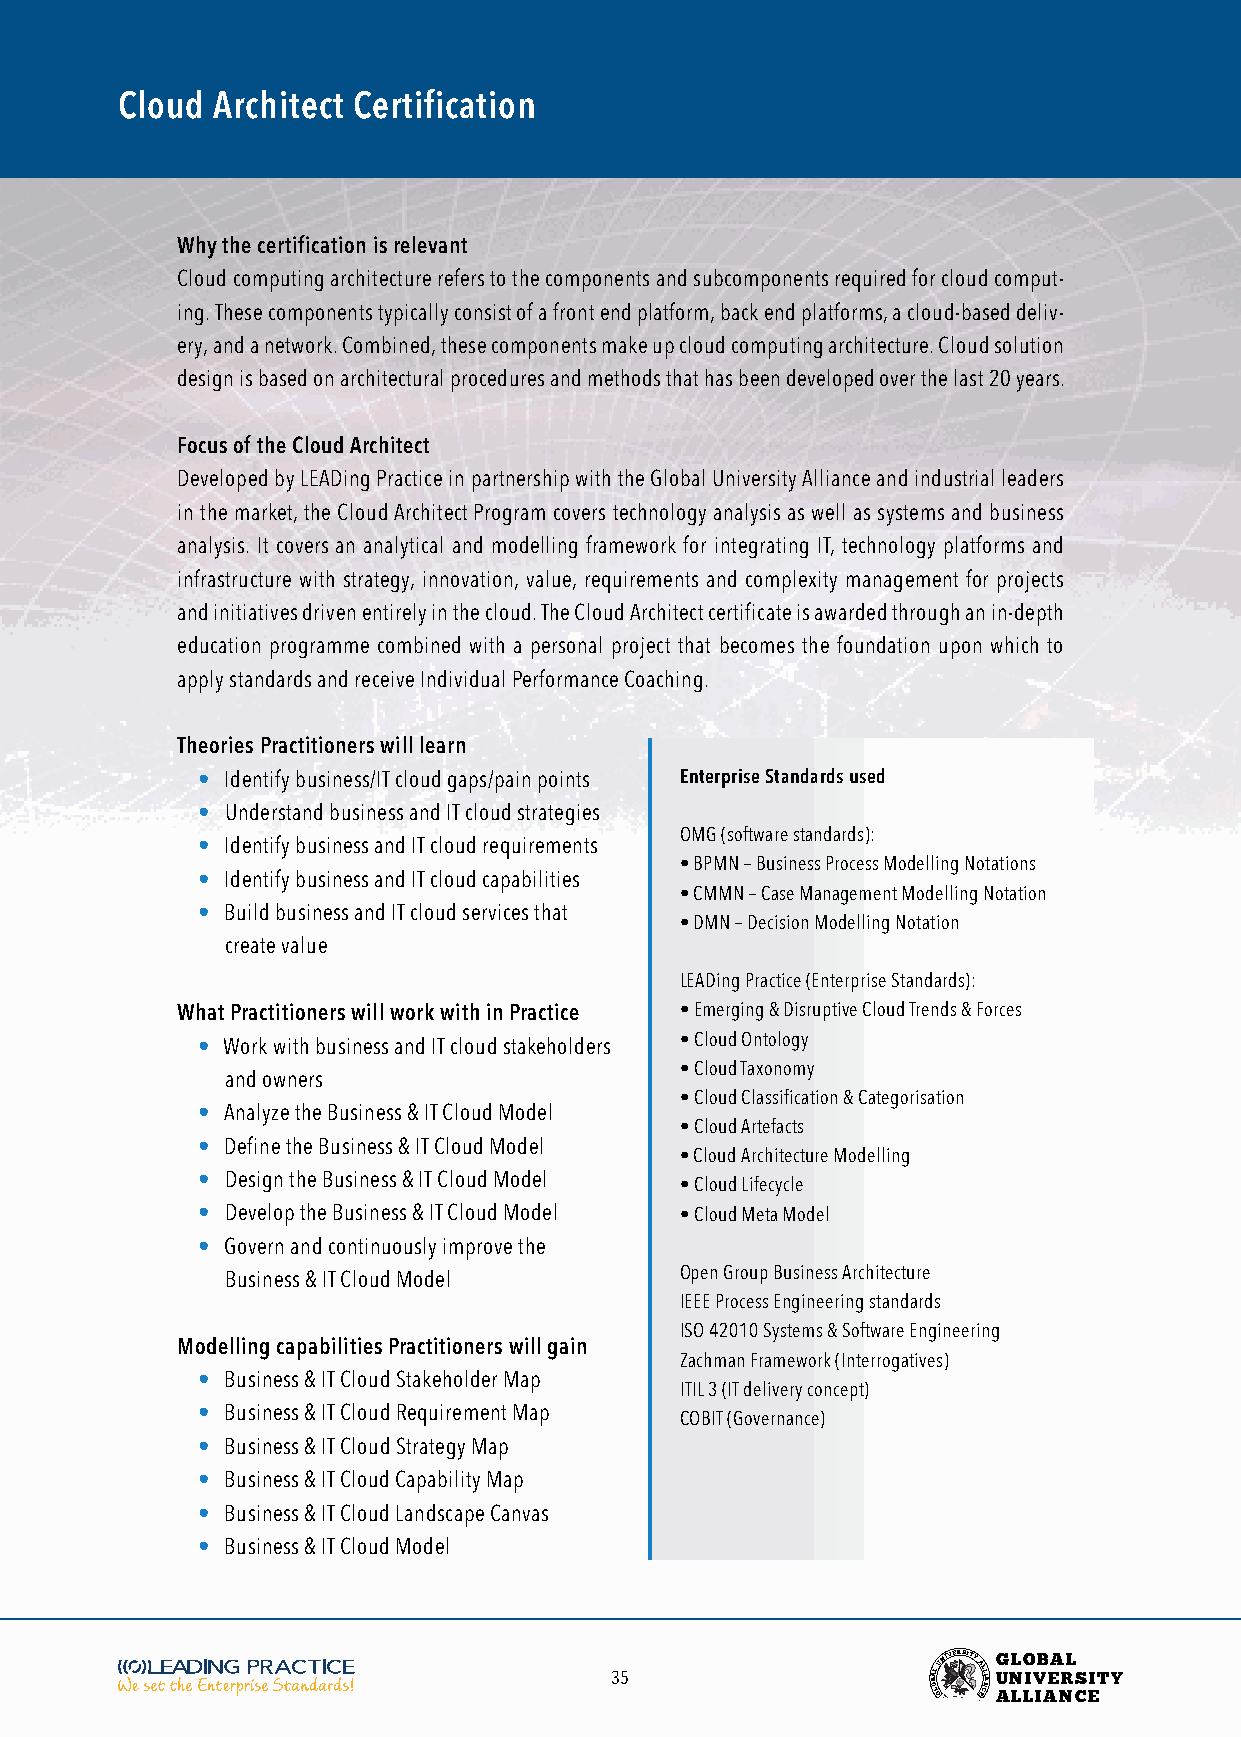
Cloud Architect Certification
 Why the certification is relevant
 Cloud computing architecture refers to the components and subcomponents required for cloud comput-
 ing. These components typically consist of a front end platform, back end platforms, a cloud-based deliv-
 ery, and a network. Combined, these components make up cloud computing architecture. Cloud solution
 design is based on architectural procedures and methods that has been developed over the last 20 years.
 Focus of the Cloud Architect
 Developed by LEADing Practice in partnership with the Global University Alliance and industrial leaders
 in the market, the Cloud Architect Program covers technology analysis as well as systems and business
 analysis. It covers an analytical and modelling framework for integrating IT, technology platforms and
 infrastructure with strategy, innovation, value, requirements and complexity management for projects
 and initiatives driven entirely in the cloud. The Cloud Architect certificate is awarded through an in-depth
 education programme combined with a personal project that becomes the foundation upon which to
 apply standards and receive Individual Performance Coaching.
 Theories Practitioners will learn
 • Identify business/IT cloud gaps/pain points Enterprise Standards used
 • Understand business and IT cloud strategies
 OMG (software standards):
 • Identify business and IT cloud requirements
 • BPMN – Business Process Modelling Notations
 • Identify business and IT cloud capabilities
 • CMMN – Case Management Modelling Notation
 • Build business and IT cloud services that
 • DMN – Decision Modelling Notation
 create value
 LEADing Practice (Enterprise Standards):
 What Practitioners will work with in Practice • Emerging & Disruptive Cloud Trends & Forces
 • Work with business and IT cloud stakeholders • Cloud Ontology
 • Cloud Taxonomy
 and owners
 • Cloud Classification & Categorisation
 • Analyze the Business & IT Cloud Model
 • Cloud Artefacts
 • Define the Business & IT Cloud Model
 • Cloud Architecture Modelling
 • Design the Business & IT Cloud Model
 • Cloud Lifecycle
 • Develop the Business & IT Cloud Model • Cloud Meta Model
 • Govern and continuously improve the
 Business & IT Cloud Model     Open Group Business Architecture
 IEEE Process Engineering standards
 ISO 42010 Systems & Software Engineering
 Modelling capabilities Practitioners will gain
 Zachman Framework (Interrogatives)
 • Business & IT Cloud Stakeholder Map
 ITIL 3 (IT delivery concept)
 • Business & IT Cloud Requirement Map
 COBIT (Governance)
 • Business & IT Cloud Strategy Map
 • Business & IT Cloud Capability Map
 • Business & IT Cloud Landscape Canvas
 • Business & IT Cloud Model
 35                    BOA LL
 GUNIVERSITY
 AL EL CI NA
 G
 U
 ANL LO
 LIV
 IB AEA NRL
 CS EITY